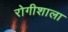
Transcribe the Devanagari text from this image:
रोगीशाला